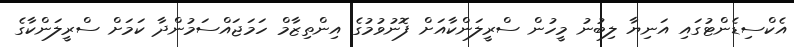
އެކްސިޑެންޓުގައި އަނިޔާ ލިބުނު މީހުން ސްރީލަންކާއަށް ފޮނުވުމުގެ އިންތިޒާމް ހަމަޖައްސަމުންދާ ކަމަށް ސްރީލަންކާގެ